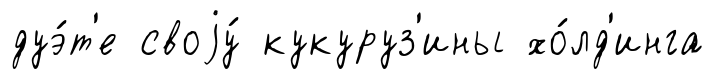
дуэ́т'е своjу́ кукуруз'ины хо́лд'инга